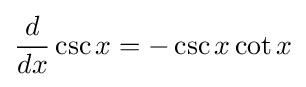
{\frac {d}{dx}}\csc x=-\csc {x}\cot {x}